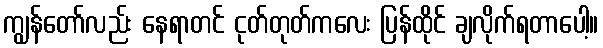
ကျွန်တော်လည်း နေရာတင် ငုတ်တုတ်ကလေး ပြန်ထိုင် ချလိုက်ရတာပေါ့။